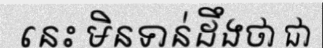
នេះ មិនទាន់ដឹងថា ជា